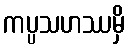
ကပ္ပသဟဿမှိ